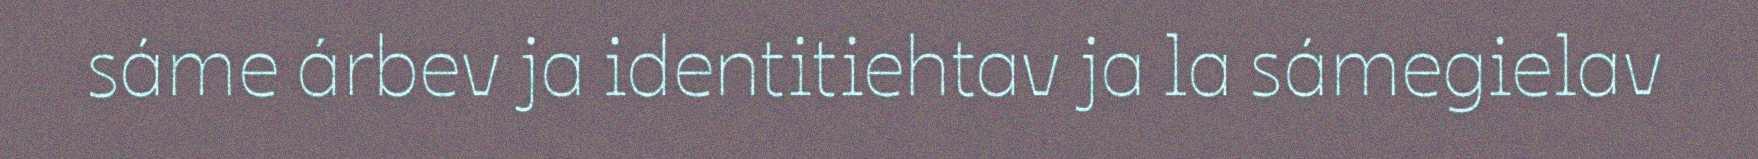
sáme árbev ja identitiehtav ja la sámegielav